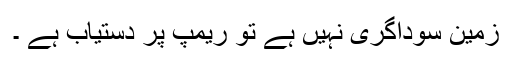
زمین سوداگری نہیں ہے تو ریمپ پر دستیاب ہے ۔